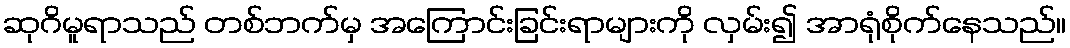
ဆုဂိမူရာသည် တစ်ဘက်မှ အကြောင်းခြင်းရာများကို လှမ်း၍ အာရုံစိုက်နေသည်။